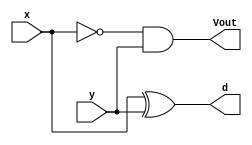
//Guia 04-3 DIFERENA COMPLETA
//Nome: Matheus Felipe Silva Evangelista

module meia_diferenca(d,Vout,x,y);
output d,Vout;
input x,y;

xor xor1(d,x,y);
and and1(Vout,~x,y);

endmodule

module diferenca_completa(d1,Vout1,Vin,w,z);
output d1,Vout1;
input w,z,Vin;
wire t1,t2,t3;

meia_diferenca m1(t1,t2,w,z);
meia_diferenca m2(d1,t3,t1,Vin);
or or1(Vout1,t3,t2);

endmodule

//teste

module TesteDiferenca;
reg a,b,Vin1;
wire d2,Vout2;

//intancia

diferenca_completa diferenca(d2,Vout2,Vin1,a,b);
//main
initial begin
$display("\n Guia 04-3");
$display("\n Diferena Completa com subcircuitos");
$display("\na  b Vin Vout Diferenca"); 
$monitor("%b  %b  %b  %b  %b",a,b,Vin1,Vout2,d2);
a=0; b=0; Vin1=0;
#1  a=0; b=0; Vin1=1; 
#1  a=0; b=1; Vin1=0;
#1  a=0; b=1; Vin1=1; 
#1  a=1; b=0; Vin1=0;
#1  a=1; b=0; Vin1=1; 
#1  a=1; b=1; Vin1=0;
#1  a=1; b=1; Vin1=1; 
end
endmodule

//Resultado

/*
   Guia 04-3
    
     Diferena Completa com subcircuitos
    
    a  b Vin Vout Diferenca
    0  0  0  0  0
    0  0  1  1  1
    0  1  0  1  1
    0  1  1  1  0
    1  0  0  0  1
    1  0  1  0  0
    1  1  0  0  0
    1  1  1  1  1
    
   */